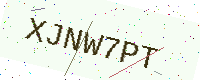
Text: XJNW7PT